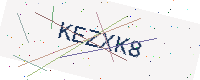
Text: KEZXK8